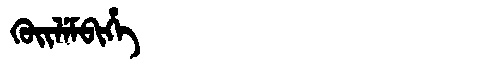
Manchu: ᡴᡠᡳᠯᡝᠮᠪᡳᡥᡝ
Romanization: KUILEMBIHE